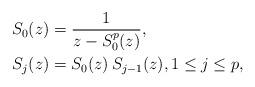
LaTeX: \begin{align*}S_{0}(z) & =\frac{1}{z-S_{0}^{p}(z)},\\S_{j}(z) & =S_{0}(z)\,S_{j-1}(z),1\leq j\leq p,\end{align*}